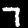
Digit: 7